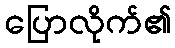
ပြောလိုက်၏